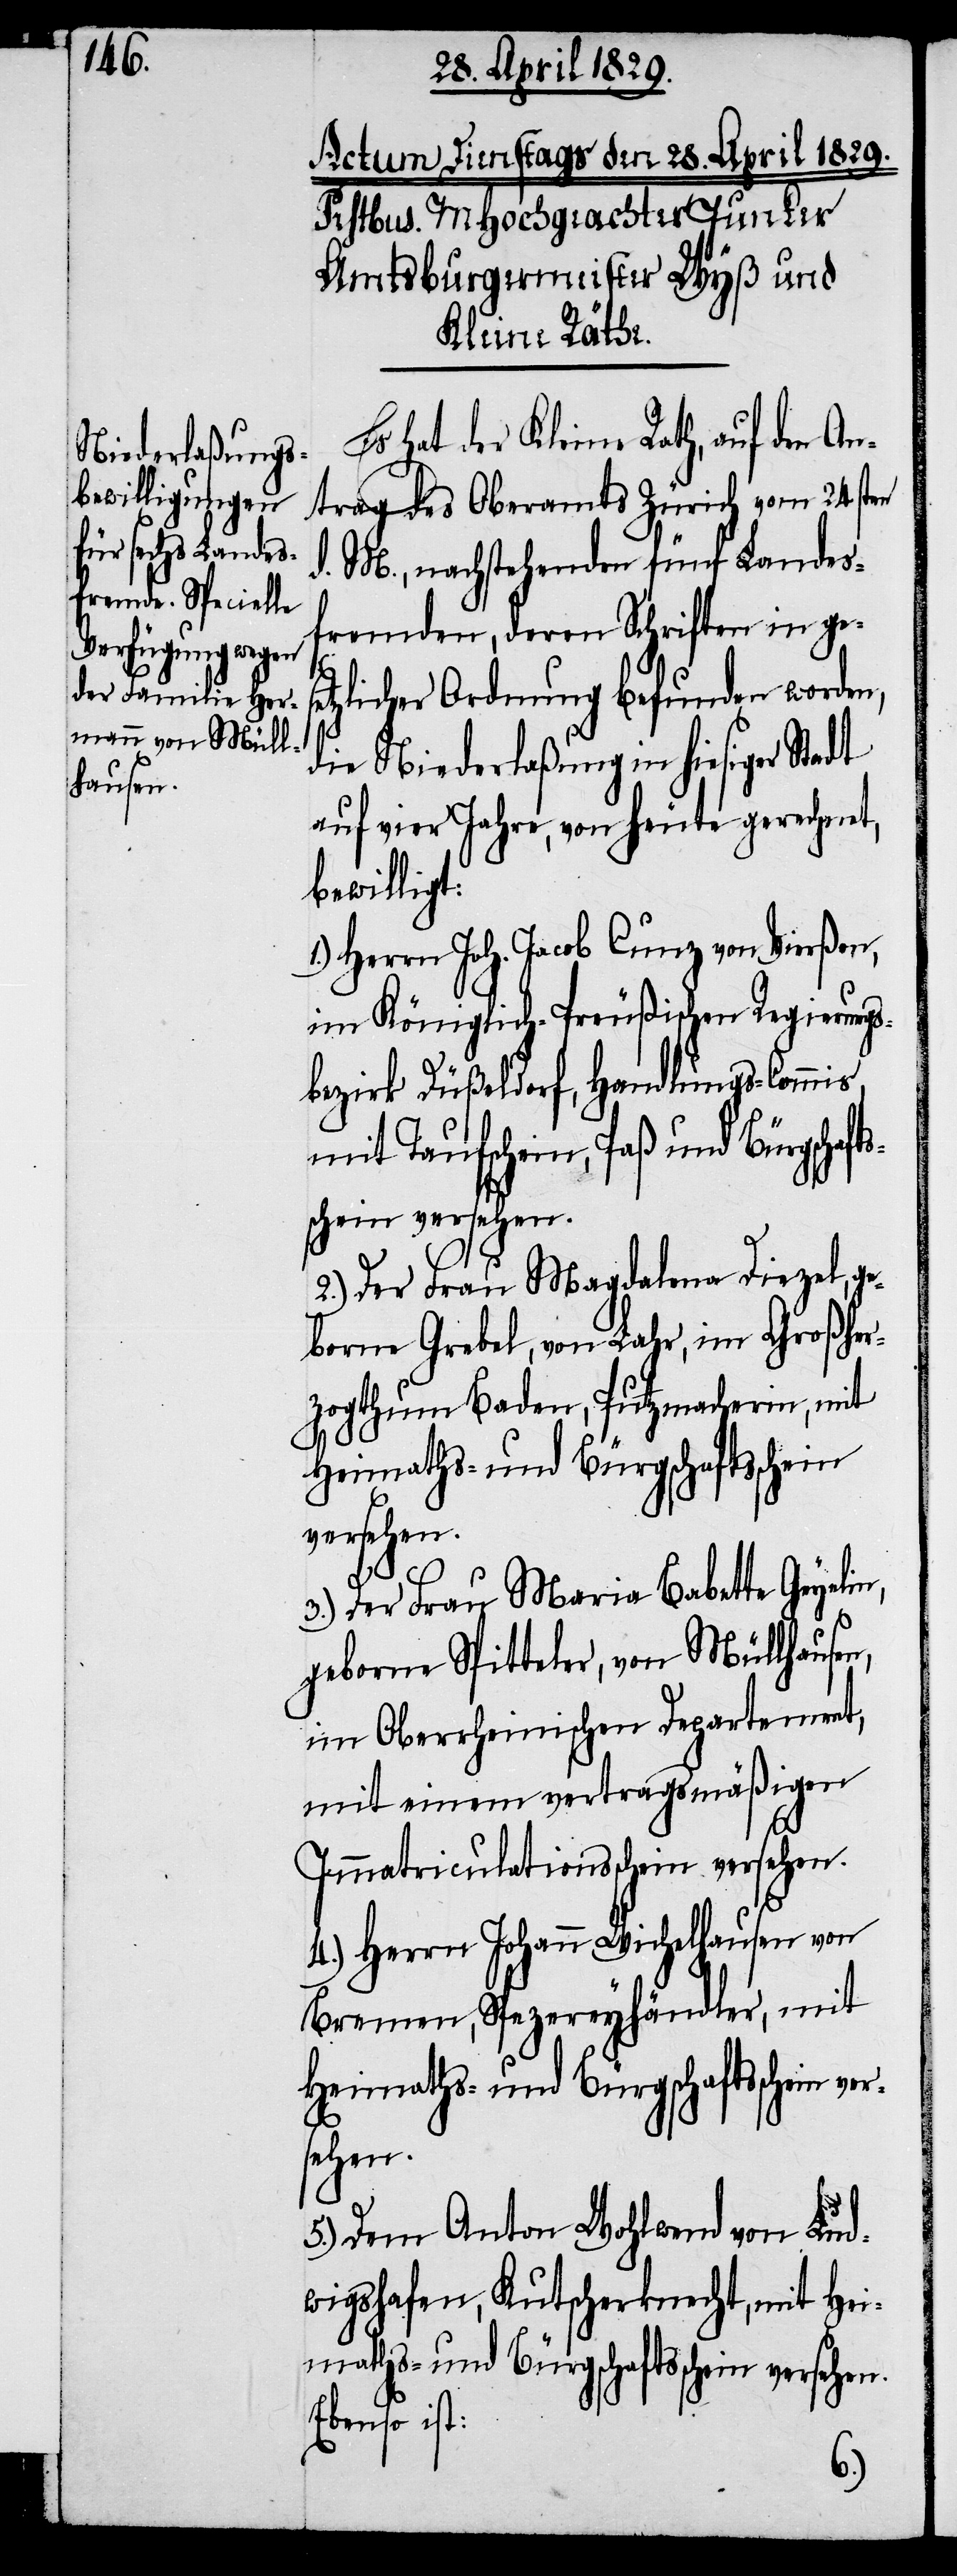
Es hat der Kleine Rath, auf den An¬
trag des Oberamts Zürich vom 24sten
d. M., nachstehenden fünf Landes¬
fremden, deren Schriften in ge¬
s¬
etzlicher Ordnung befunden worden,
die Niederlaßung in hiesiger Stadt
auf vier Jahre, von heute gerechnet,
bewilligt:
Herrn Joh. Jacob Cunz von Vierßen,
im Königlich-Preußischen Regierungs¬
bezirk Düßeldorf, Handlungs-Commis
mit Taufschein, Paß und Bürgschaft¬
schein versehen.
2.) Der Frau Magdalena Diezel, ge¬
borne Grebel, von Lahr, im Großher¬
zogthum Baden, Putzmacherin, mit
Heimaths- und Bürgschaftsschein
versehen.
3.) Der Frau Maria Babette Geyelin,
geborne Spitteler, von Müllhausen,
im Oberrheinischen Departement,
mit einem vertragsmäßigen
Immatriculationsschein versehen.
4.) Herrn Johann Wichelhausen von
Bremen, Spezereyhändler, mit
5.) Dem Anton Wohlwend von Lud¬
wigshafen, Kutscherknecht, mit Hei¬
maths- und Bürgschaftsschein versehen.
Ebenso ist: